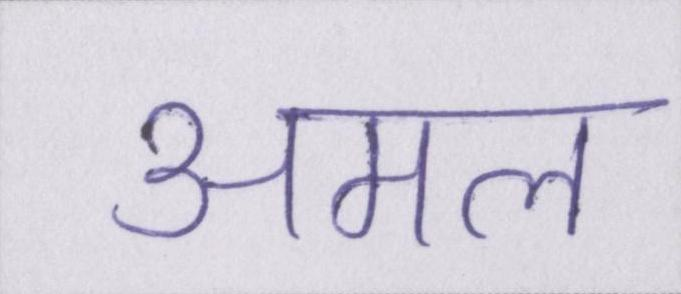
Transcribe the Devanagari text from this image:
अमल